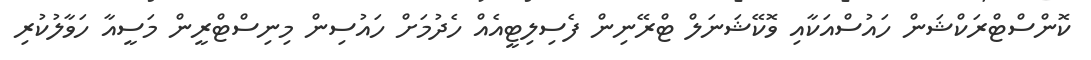
ކޮންސްޓްރަކްޝަން ހައުސްއަކާއި ވޮކޭޝަނަލް ޓްރޭނިން ފެސިލިޓީއެއް ހެދުމަށް ހައުސިން މިނިސްޓްރީން މަސީއާ ހަވާލުކުރި